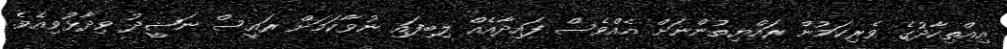
އިއްތިހާދުގެ ވެރިކަމުން ރައްޔިތުންނަށް އެއްވެސް ފައިދާއެއް ލިބިފައި ނުވާކަމަށް ރައީސް ނަޝީދު ވިދާޅުވިއެވެ.